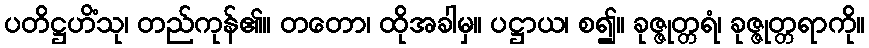
ပတိဋ္ဌဟိံသု၊ တည်ကုန်၏။ တတော၊ ထိုအခါမှ။ ပဋ္ဌာယ၊ စ၍။ ခုဇ္ဇုတ္တရံ၊ ခုဇ္ဇုတ္တရာကို။